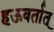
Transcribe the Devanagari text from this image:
हऊवर्तात्